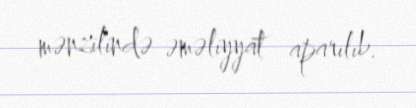
mənzilində əməliyyat aparılıb.